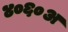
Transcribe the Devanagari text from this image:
४०६०अ